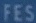
FES